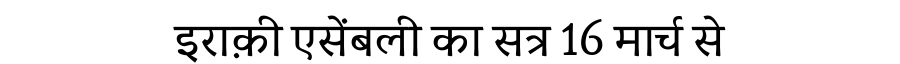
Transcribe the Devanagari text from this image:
इराक़ी एसेंबली का सत्र 16 मार्च से